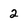
Character: 2